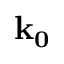
\bf { k _ { 0 } }